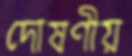
দোষণীয়